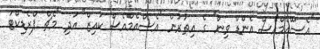
"އެސްްއެމްްއެސް އެންޑް ވިން" ގެ އިތުރުން "އެސްއެމްއެސް ކުއިޒް" އަދި "މެޗް ޕްރެޑިކްޓަ